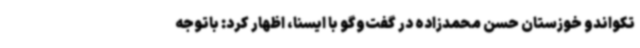
تکواندو خوزستان حسن محمدزاده در گفت‌وگو با ایسنا، اظهار کرد: باتوجه